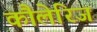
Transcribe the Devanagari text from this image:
कौलेरिज